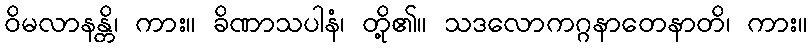
ဝိမလာနန္တိ၊ ကား။ ခိဏာသပါနံ၊ တို့၏။ သဒလောကဂ္ဂနာတေနာတိ၊ ကား။